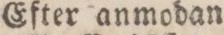
Efter anmodan